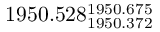
1 9 5 0 . 5 2 8 _ { 1 9 5 0 . 3 7 2 } ^ { 1 9 5 0 . 6 7 5 }